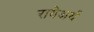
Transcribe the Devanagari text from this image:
रायेअर्थ